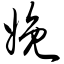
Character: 娩